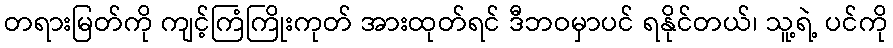
တရားမြတ်ကို ကျင့်ကြံကြိုးကုတ် အားထုတ်ရင် ဒီဘဝမှာပင် ရနိုင်တယ်၊ သူ့ရဲ့ ပင်ကို